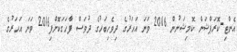
އެންޓި-ކޮރަޕްޝަން ކޮމިޝަނުން 2016 ވަނަ އަހަރުގެ ދިވެހިބަހުގެ ދުވަސް ފާހަގަކޮށްފި2016 ވަނަ އަހަރުގެ